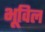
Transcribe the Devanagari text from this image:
भूविल